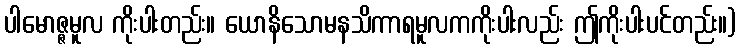
ပါမောဇ္ဇမူလ ကိုးပါးတည်း။ ယောနိသောမနသိကာရမူလကကိုးပါးလည်း ဤကိုးပါးပင်တည်း။)